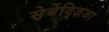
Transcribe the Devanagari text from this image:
स़ेर्बेद्ज़िजा